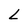
Character: L